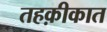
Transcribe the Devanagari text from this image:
तहक़ीकात